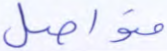
متواصل